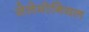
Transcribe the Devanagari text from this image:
सेलेमोनियल